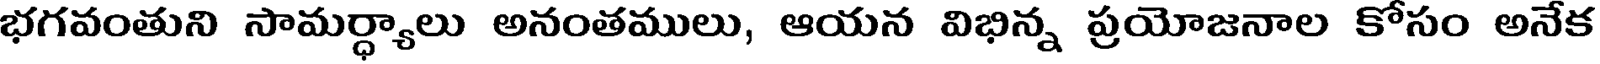
భగవంతుని సామర్ధ్యాలు అనంతములు, ఆయన విభిన్న ప్రయోజనాల కోసం అనేక